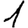
Digit: 1